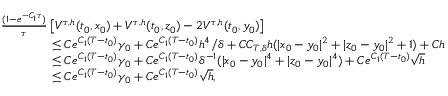
\begin{array} { r l } & { \frac { ( 1 - e ^ { - C _ { 1 } \tau } ) } \tau \left[ V ^ { \tau , h } ( t _ { 0 } , x _ { 0 } ) + V ^ { \tau , h } ( t _ { 0 } , z _ { 0 } ) - 2 V ^ { \tau , h } ( t _ { 0 } , y _ { 0 } ) \right] } \\ & { \qquad \qquad \leq C e ^ { C _ { 1 } ( T - t _ { 0 } ) } \gamma _ { 0 } + C e ^ { C _ { 1 } ( T - t _ { 0 } ) } h ^ { 4 } / \delta + C C _ { T , \delta } h ( | x _ { 0 } - y _ { 0 } | ^ { 2 } + | z _ { 0 } - y _ { 0 } | ^ { 2 } + 1 ) + C h } \\ & { \qquad \qquad \leq C e ^ { C _ { 1 } ( T - t _ { 0 } ) } \gamma _ { 0 } + C e ^ { C _ { 1 } ( T - t _ { 0 } ) } \delta ^ { - 1 } ( | x _ { 0 } - y _ { 0 } | ^ { 4 } + | z _ { 0 } - y _ { 0 } | ^ { 4 } ) + C e ^ { C _ { 1 } ( T - t _ { 0 } ) } \sqrt { h } } \\ & { \qquad \qquad \leq C e ^ { C _ { 1 } ( T - t _ { 0 } ) } \gamma _ { 0 } + C e ^ { C _ { 1 } ( T - t _ { 0 } ) } \sqrt { h } , } \end{array}